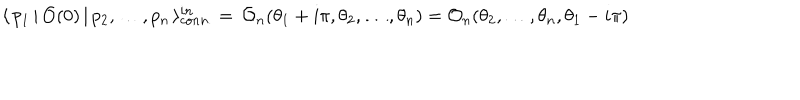
LaTeX: \langle \, p _ { 1 } \, | \, \mathcal { O } ( 0 ) \, | \, p _ { 2 } , \dots , p _ { n } \, \rangle _ { c o n n . } ^ { i n } = \, \mathcal { O } _ { n } ( \theta _ { 1 } + i \pi , \theta _ { 2 } , \dots , \theta _ { n } ) = \mathcal { O } _ { n } ( \theta _ { 2 } , \dots , \theta _ { n } , \theta _ { 1 } - i \pi )